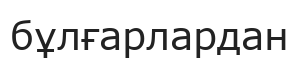
бұлғарлардан